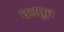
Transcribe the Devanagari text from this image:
पत्रपूत